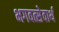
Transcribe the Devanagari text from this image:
भगवत्सेवार्थ